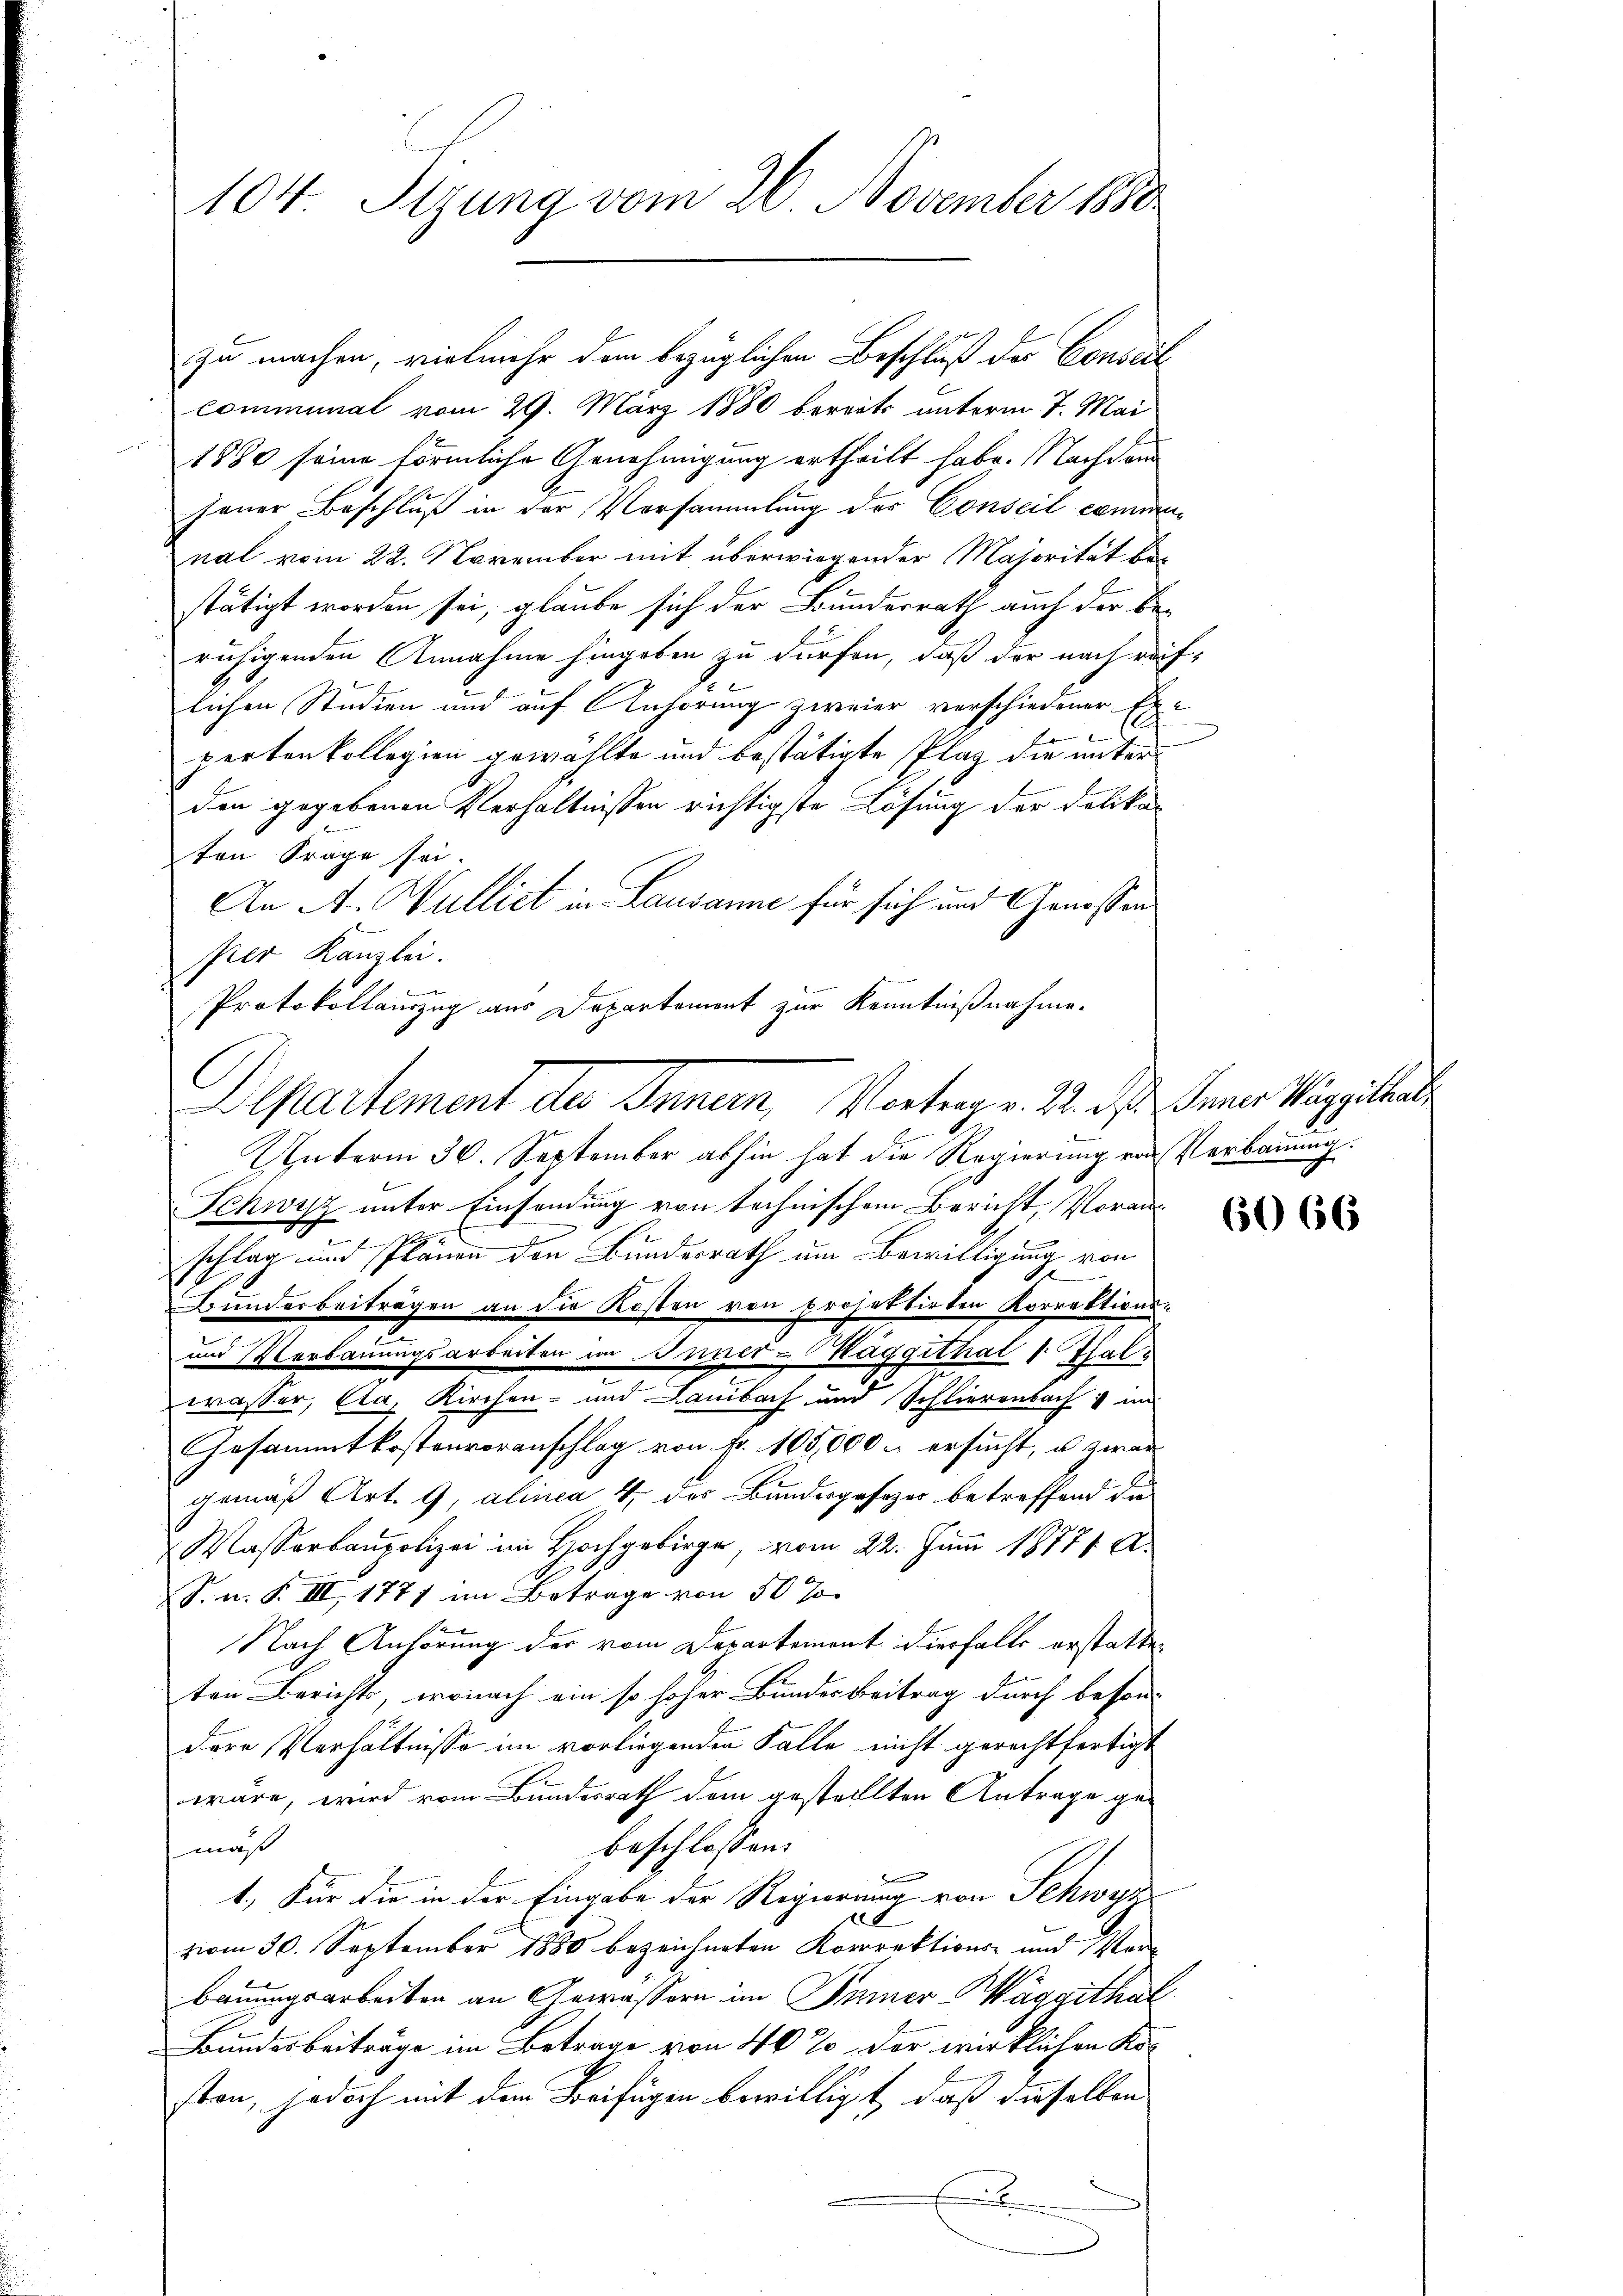
104 Sizung vom 20. November 1880

zu machen, vielmehr dem bezüglichen Beschluß des Conseil
communal vom 29. März 1880 bereits unterm 7. Mai
1880 seine förmliche Genehmigung ertheilt habe. Nachdem
jener Beschluß in der Versammlung des Conseil commen
nal vom 22. November mit überwiegender Majorität be-
stätigt worden sei, glaube sich der Bundesrath auch der be-
ruhigenden Annahme hingeben zu dürfen, daß der nach reiflichen Studien und auf Anhörung zweier verschiedener Ex-

pertenkollegien gewählte und bestätigte Plaz die unterden gegebenen Verhältnissen richtigste Lösung der Delikaten Frage sei.
An A. Wulliet in Lausanne für sich und Genossen
per Kanzlei.
Protokollauszug aus Departement zur Kenntnißnahme.
Unterm 30. September abhin hat die Regierung von Verbauung.
Schwyz unter Einsendung von technischen Bericht, Vorau
n
schlag und Plänen den Bundesrath um Bewilligung von
.
Bunderbeiträgen an die Kosten von projektirten Korrektions-
und Verbauungsarbeiten im Buner-Maggithal 1 Thal¬
¬
wasser, Ca, Kirchen- und Laibach und Schlierenbach & in
Gesammtkostenvoranschlag von fr. 100,000 & ersucht, u. zwar
gemäß Art. 9, alinea 4 des Bundesgesezes betreffend die
Wasserbaupolizei im Hochgebirge, vom 22. Juni 18771 A
S. n. F. III, 1777 im Betrage von 50 J
Nach Anhörung der vom Departement diesfalls erstatten
ten Berichts, wonach ein so hoher Bundes Beitrag durch besondere Verhältnisse im vorliegenden Falle nicht gerechtfertigt
wäre, wird vom Bundesrath dem gestellten Antrage gebeschlossen:
maß
e
t. Für die in der Eingabe der Regierung von Schwer
t
vom 30. September 1880 bezeichneten Korrektions- und Verbauungsarbeiten an Gewässern im Inner Maggithal
Bundesbeiträge im Betrage von 40% der wirklichen Koston, jedoch mit dem Beifügen bewilligt, daß dieselben
E

Departement des Innern, Vortrag v. 22. ds Inner Weggithale